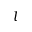
l